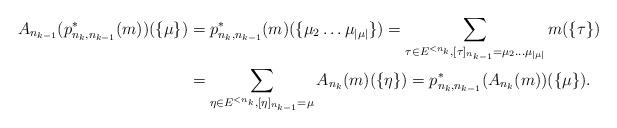
LaTeX: \begin{align*}A_{n_{k-1}}(p^*_{n_k, n_{k-1}}(m))(\{\mu\}) &= p^*_{n_k, n_{k-1}}(m)(\{\mu_2\dots\mu_{|\mu|}\}) = \sum_{\tau \in E^{<n_k}, [\tau]_{n_{k-1}} = \mu_2\dots\mu_{|\mu|}} m(\{\tau\}) \\ &= \sum_{\eta \in E^{<n_k}, [\eta]_{n_{k-1}} = \mu} A_{n_k}(m)(\{\eta\}) = p^*_{n_k, n_{k-1}}(A_{n_k}(m))(\{\mu\}).\end{align*}